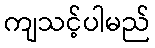
ကျသင့်ပါမည်